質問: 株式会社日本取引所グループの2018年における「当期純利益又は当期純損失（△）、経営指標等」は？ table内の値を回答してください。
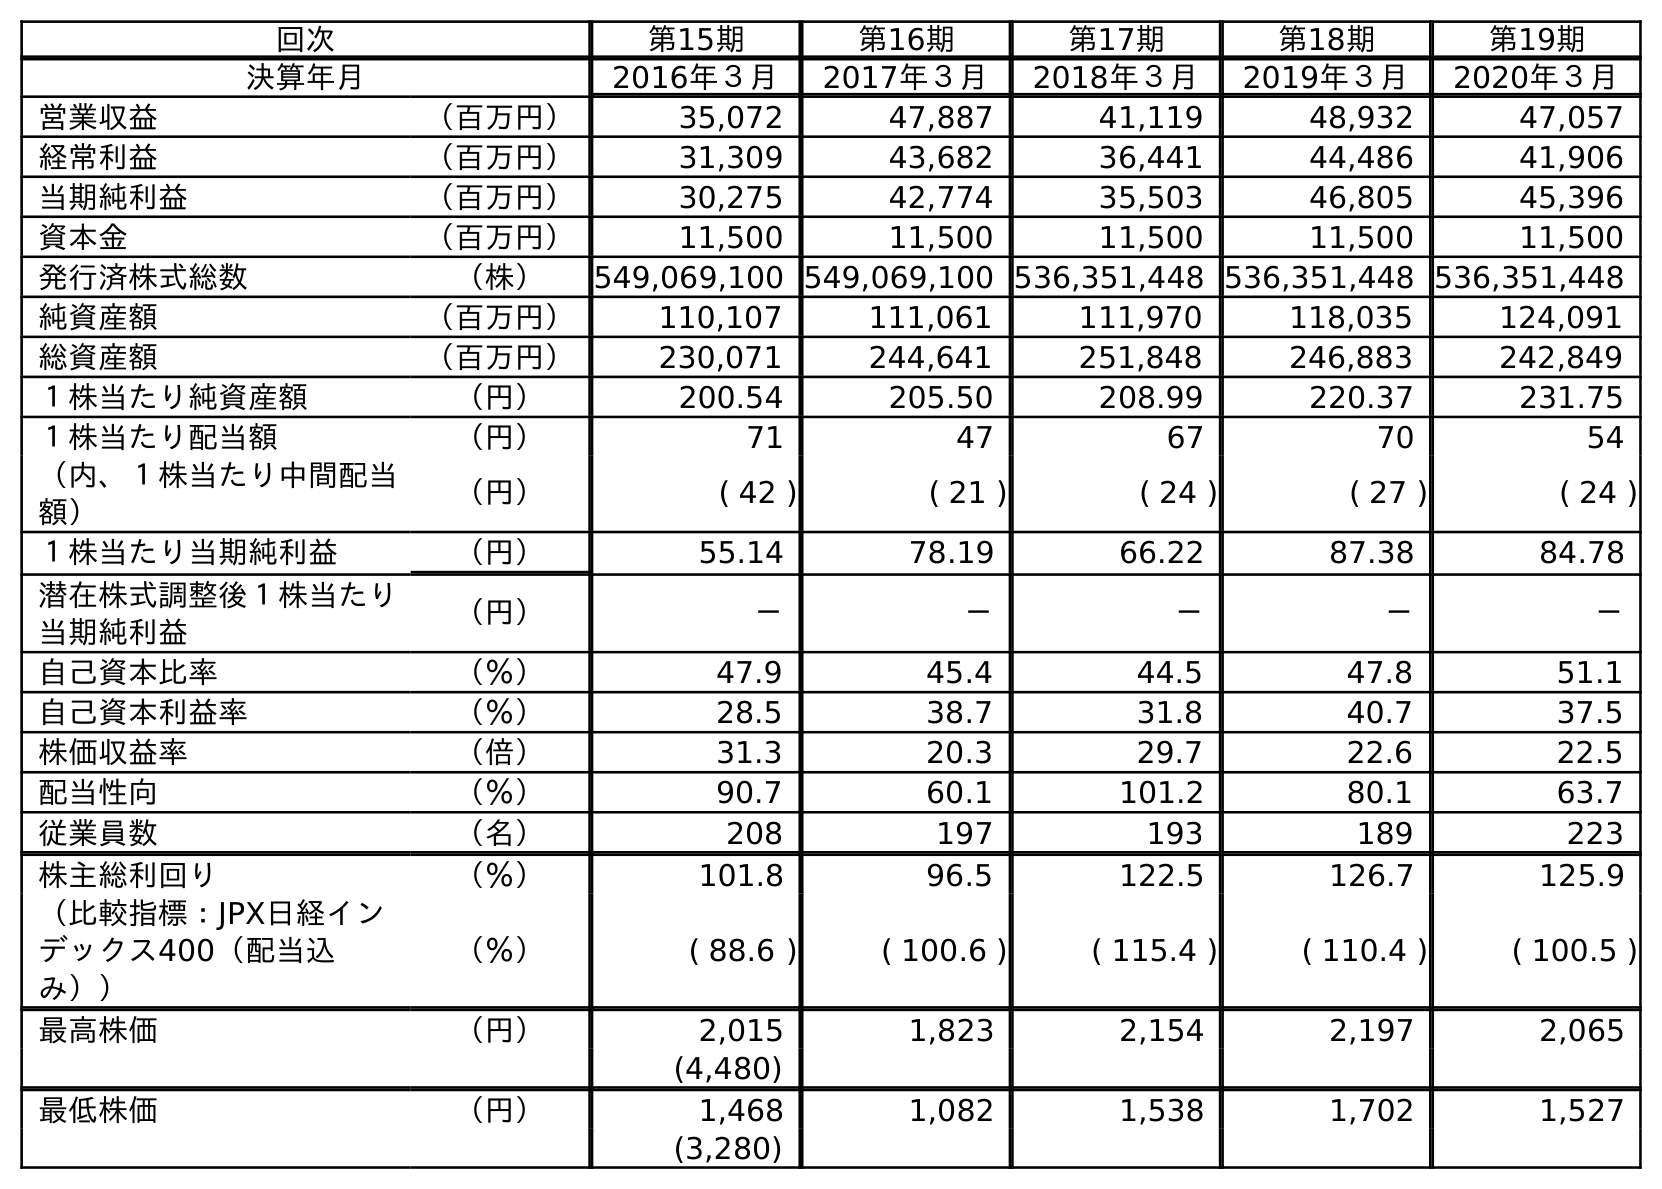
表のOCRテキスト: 回次 第15期 第16期 第17期 第18期 第19期 決算年月 2016年３月 2017年３月 2018年３月 2019年３月 2020年３月 営業収益 （百万円） 35,072 47,887 41,119 48,932 47,057 経常利益 （百万円） 31,309 43,682 36,441 44,486 41,906 当期純利益 （百万円） 30,275 42,774 35,503 46,805 45,396 資本金 （百万円） 11,500 11,500 11,500 11,500 11,500 発行済株式総数 （株） 549,069,100 549,069,100 536,351,448 536,351,448 536,351,448 純資産額 （百万円） 110,107 111,061 111,970 118,035 124,091 総資産額 （百万円） 230,071 244,641 251,848 246,883 242,849 １株当たり純資産額 （円） 200.54 205.50 208.99 220.37 231.75 １株当たり配当額 （円） 71 47 67 70 54 （内、１株当たり中間配当 額） （円） ( 42 ) ( 21 ) ( 24 ) ( 27 ) ( 24 ) １株当たり当期純利益 （円） 55.14 78.19 66.22 87.38 84.78 潜在株式調整後１株当たり 当期純利益 （円） － － － － － 自己資本比率 （％） 47.9 45.4 44.5 47.8 51.1 自己資本利益率 （％） 28.5 38.7 31.8 40.7 37.5 株価収益率 （倍） 31.3 20.3 29.7 22.6 22.5 配当性向 （％） 90.7 60.1 101.2 80.1 63.7 従業員数 （名） 208 197 193 189 223 株主総利回り （％） 101.8 96.5 122.5 126.7 125.9 （比較指標：JPX日経イン デックス400（配当込 み）） （％） ( 88.6 ) ( 100.6 ) ( 115.4 ) ( 110.4 ) ( 100.5 ) 最高株価 （円） 2,015 1,823 2,154 2,197 2,065 (4,480) 最低株価 （円） 1,468 1,082 1,538 1,702 1,527 (3,280)
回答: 35,503